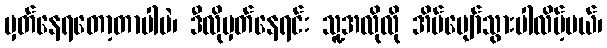
မှတ်နေရတော့တာပါပဲ၊ ဒီလိုမှတ်နေရင်း သူ့အလိုလို အိပ်ပျော်သွားပါလိမ့်မယ်၊